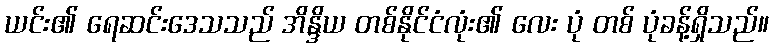
ယင်း၏ ရေဆင်းဒေသသည် အိန္ဒိယ တစ်နိုင်ငံလုံး၏ လေး ပုံ တစ် ပုံခန့်ရှိသည်။